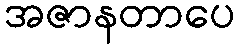
အဇာနတာပေ